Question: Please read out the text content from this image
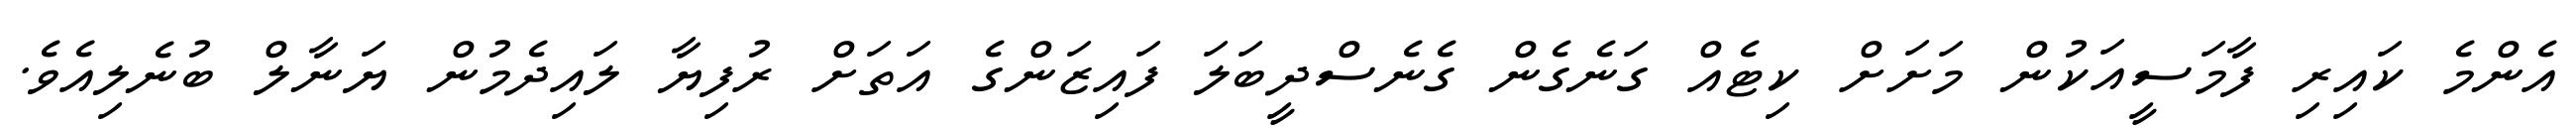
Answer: އެންމެ ކައިރި ފާމަސީއަކުން މަށަށް ކިޓެއް ގަނެގެން ގެނެސްދީބަލަ ފައިޒަންގެ އަތަށް ރުފިޔާ ލައިދެމުން ޔަނާލް ބުނެލިއެވެ.